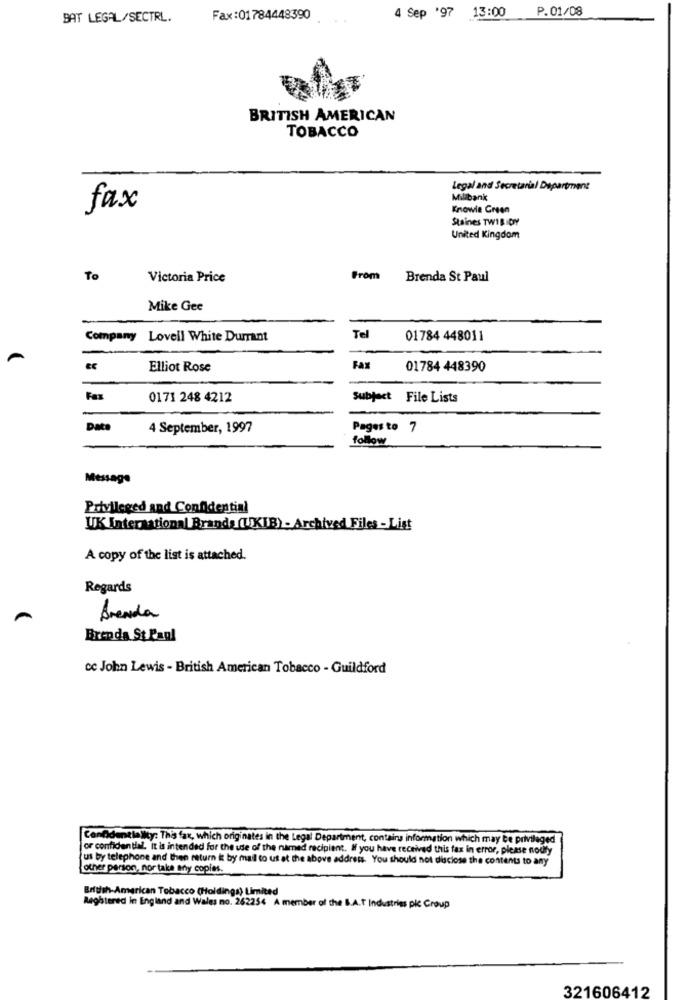
4 Sep '97 13:00 P.01/08
BAT LEGAL/SECTRL.
Fax:01784448390
BRITISH AMERICAN
TOBACCO
Legal and Secretarial Department
Milibank
fax
Knowie Green
Staines TWIRIDY
United Kingdom
To
Victoria Price
From
Brenda St Paul
Mike Gee
Company Lovell White Durrant
Tel
01784 448011
A
Elliot Rose
Fax
01784 448390
Fax
0171 248 4212
Subject File Lists
Date
4 September, 1997
Pages to 7
follow
Message
Privileged and Confidential
UK International Brands (UKIB) - Archived Files -List
A copy of the list is attached.
Regards
Arenda
Brenda St Paul
cc John Lewis - British American Tobacco - Guildford
Confidentiality: This fax, which originates in the Legal Department, contain information which may be privileged
or confidential. it is intended for the use of the named recipient. If you have received this fax in error, please noury
us by telephone and then return i by mail to us at the above address. You should not disclose the contents to any
other person, nor take any copies.
British American Tobacco (Holdings) Limited
Reghtered in England and Wales no. 262254 A member of the B.A.T Industries pic Group
321606412